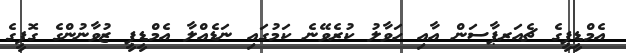
އެމްޑީޕީގެ ޗެއަރޕާސަން އާއި ހަވާލު ކުރެވޭނެ ކަމުގައި ނަޑެއްލާ އެމްޑީޕީ ޒުވާނުންގެ ގޮފީގެ